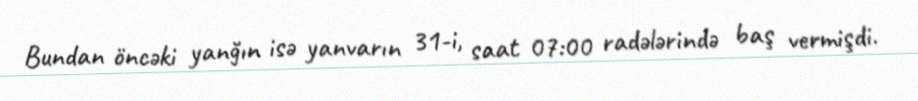
Bundan öncəki yanğın isə yanvarın 31-i, saat 07:00 radələrində baş vermişdi.